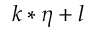
k * \eta + l